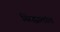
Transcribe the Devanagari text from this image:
सिद्धातांत